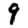
Digit: 9